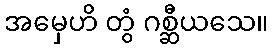
အမှေဟိ တွံ ဂစ္ဆီယသေ။